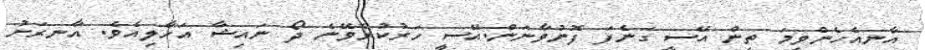
އާނއެހެންވީމަ ތިން އޭސީ ގަނެފަ ފޮނުވާނަން.އޭސީ ހަރުކުރެވޭނެ ދޯ ނައިޝާ އަހާލިއެވެ. އާނރަށު